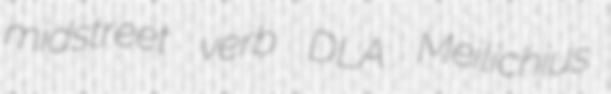
midstreet verb DLA Meilichius